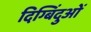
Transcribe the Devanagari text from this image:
दिग्बिंदुओं